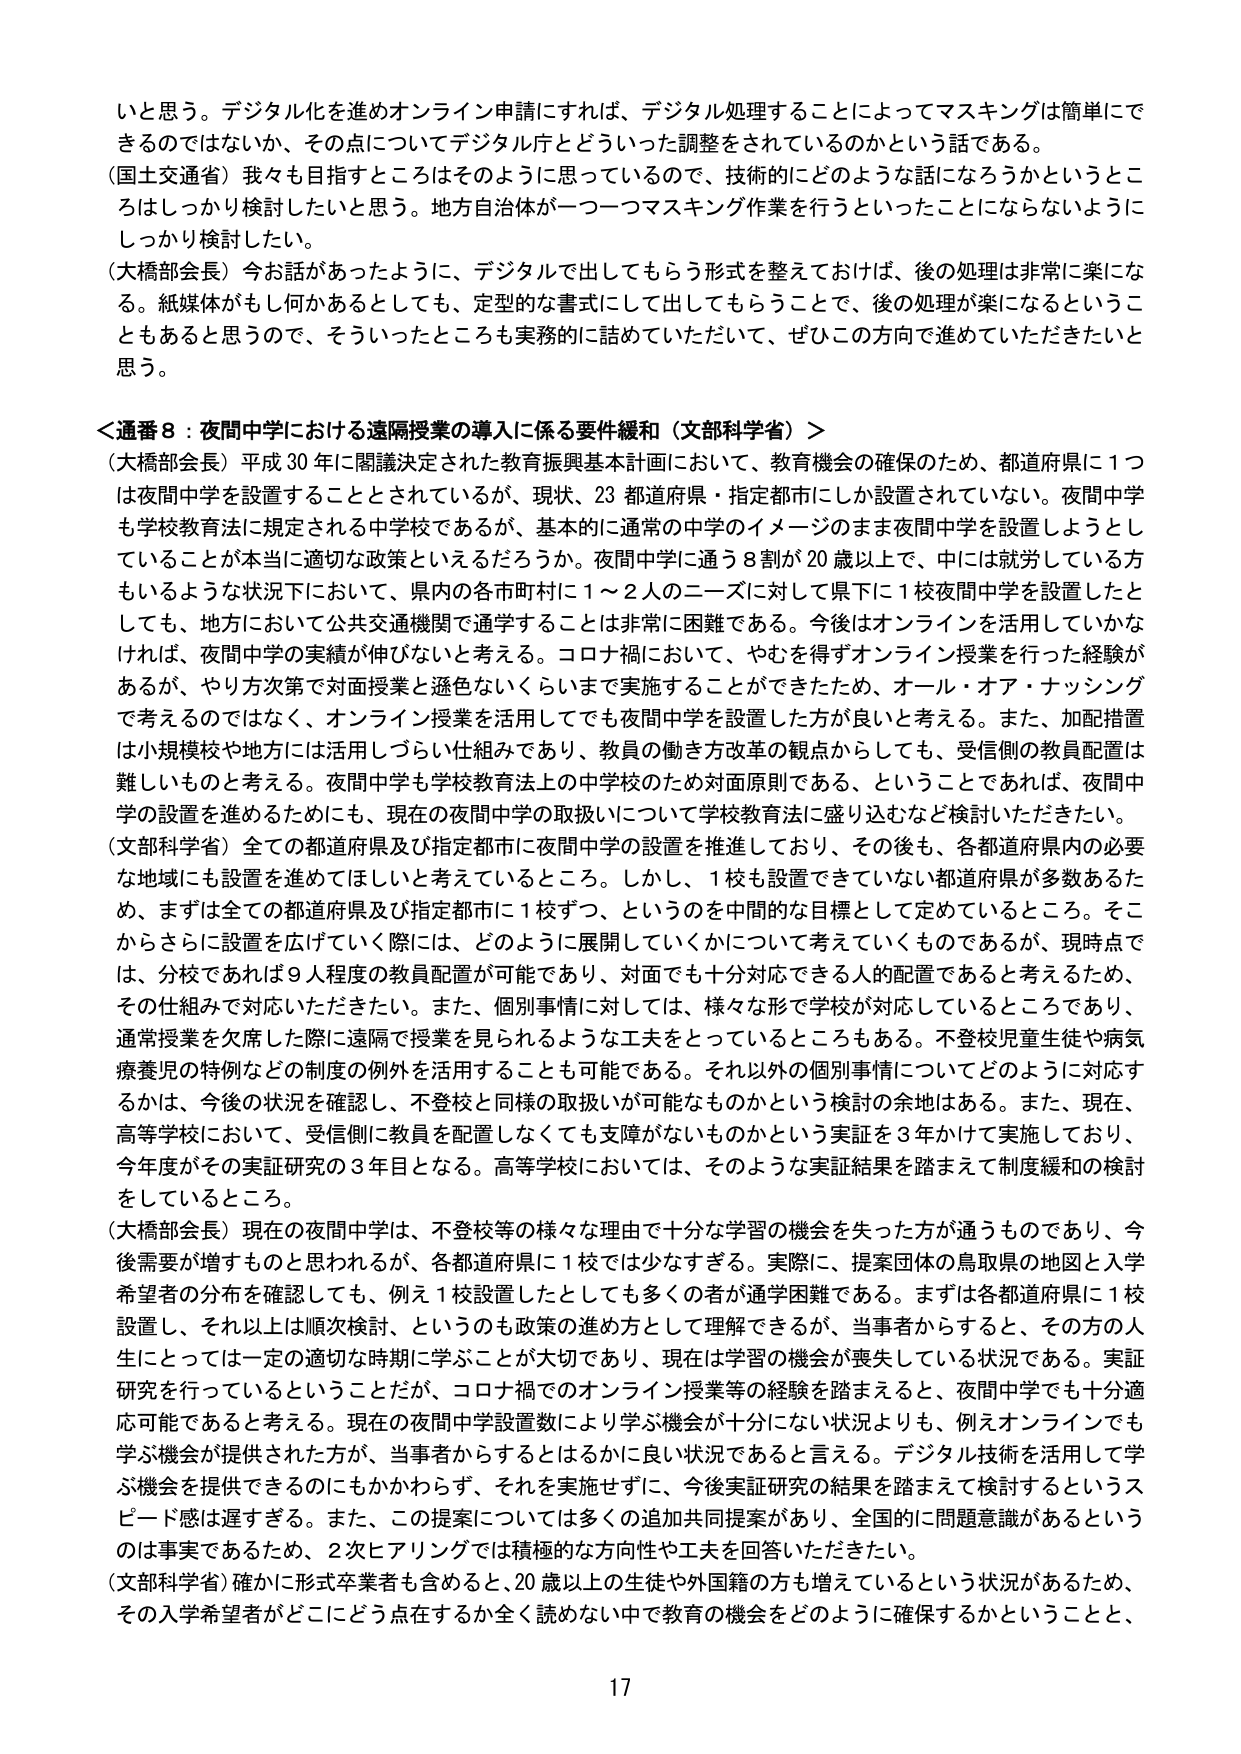
いと思う。デジタル化を進めオンライン申請にすれば、デジタル処理することによってマスキングは簡単にできるのではないか、その点についてデジタル庁とどういった調整をされているのかという話である。

（国土交通省）我々も目指すところはそのように思っているので、技術的にどのような話になろうかというところはしっかり検討したいと思う。地方自治体が一つ一つマスキング作業を行うといったことにならないようにしっかり検討したい。

（大橋部会長）今お話があったように、デジタルで出してもらう形式を整えておけば、後の処理は非常に楽になる。紙媒体がもし何かあるとしても、定型的な書式にして出してもらうことで、後の処理が楽になるということもあると思うので、そういったところも実務的に詰めていただいて、ぜひこの方向で進めていただきたいと思う。

＜通番8：夜間中学における遠隔授業の導入に係る要件緩和（文部科学省）＞

（大橋部会長）平成30年に閣議決定された教育振興基本計画において、教育機会の確保のため、都道府県に1つは夜間中学を設置することとされているが、現状、23都道府県・指定都市にしか設置されていない。夜間中学も学校教育法に規定される中学校であるが、基本的に通常の中学校のイメージのまま夜間中学を設置しようとしていることが本当に適切な政策といえるだろうか。夜間中学に通う8割が20歳以上で、中には就労している方もいるような状況下において、県内の各市町村に1～2人のニーズに対して県下に1校夜間中学を設置したとしても、地方において公共交通機関で通学することは非常に困難である。今後はオンラインを活用していなければ、夜間中学の実績が伸びないと考える。コロナ禍において、やむを得ずオンライン授業を行った経験があるが、やり方次第で対面授業と遜色ないくらいまで実施することができたため、オール・オア・ナッシングで考えるのではなく、オンライン授業を活用してでも夜間中学を設置した方が良いと考える。また、加配措置は小規模校や地方には活用しづらい仕組みであり、教員の働き方改革の観点からしても、受信側の教員配置は難しいものと考える。夜間中学も学校教育法上の中学校のため対面原則である、ということであれば、夜間中学の設置を進めるためにも、現在の夜間中学の取扱いについて学校教育法に盛り込むなど検討いただきたい。

（文部科学省）全ての都道府県及び指定都市に夜間中学の設置を推進しており、その後も、各都道府県内の必要な地域にも設置を進めてほしいと考えているところ。しかし、1校も設置できていない都道府県が多数あるため、まずは全ての都道府県及び指定都市に1校ずつ、というのを中間的な目標として定めているところ。そこからさらに設置を広げていく際には、どのように展開していくかについて考えていくものであるが、現時点では、分校であれば9人程度の教員配置が可能であり、対面でも十分対応できる人的配置であると考えるため、その仕組みで対応いただきたい。また、個別事情に対しては、様々な形で学校が対応しているところであり、通常授業を欠席した際に遠隔で授業を見られるような工夫をしているところもある。不登校児童生徒や病気療養児の特例などの制度の例外を活用することも可能である。それ以外の個別事情についてどのように対応するかは、今後の状況を確認し、不登校と同様の取扱いが可能なものかという検討の余地はある。また、現在、高等学校において、受信側に教員を配置しなくても支援がないものかという実証を3年かけて実施しており、今年度がその実証研究の3年目となる。高等学校においては、そのような実証結果を踏まえて制度緩和の検討をしているところ。

（大橋部会長）現在の夜間中学は、不登校等の様々な理由で十分な学習の機会を失った方が通うものであり、今後需要が増すものと思われるが、各都道府県に1校では少なすぎる。実際に、提案団体の鳥取県の地図と入学希望者の分布を確認しても、例え1校設置したとしても多くの者が通学困難である。まずは各都道府県に1校設置し、それ以上は順次検討、というのも政策の進め方として理解できるが、当事者からすると、その方の人生にとっては一定の適切な時期に学ぶことが大切であり、現在は学習の機会が喪失している状況である。実証研究を行っているということだが、コロナ禍でのオンライン授業等の経験を踏まえると、夜間中学でも十分適応可能であると考える。現在の夜間中学設置数により学ぶ機会が十分にない状況よりも、例えオンラインでも学ぶ機会が提供された方が、当事者からするとはるかに良い状況であると言える。デジタル技術を活用して学ぶ機会を提供できるのにもかかわらず、それを実施せずに、今後実証研究の結果を踏まえて検討するというスピード感は遅すぎる。また、この提案については多くの追加共同提案があり、全国的に問題意識があるというのは事実であるため、2次ヒアリングでは積極的な方向性や工夫を回答いただきたい。

（文部科学省）確かに形式卒業者も含めると、20歳以上の生徒や外国籍の方も増えているという状況があるため、その入学希望者がどこにどう点在するか全く読めない中で教育の機会をどのように確保するかということと、

17